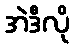
အဲဒီလို